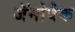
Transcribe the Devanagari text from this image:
जॅनोवैक